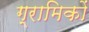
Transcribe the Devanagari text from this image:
ग्रामिकों